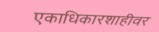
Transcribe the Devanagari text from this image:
एकाधिकारशाहीवर